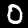
Digit: 0